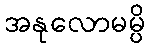
အနုလောမမ္ပိ